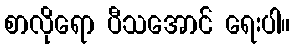
စာလိုရော ပီသအောင် ရေးပါ။